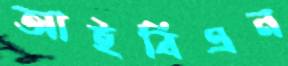
আইবিএন